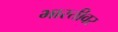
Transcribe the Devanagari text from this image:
भारतीवर